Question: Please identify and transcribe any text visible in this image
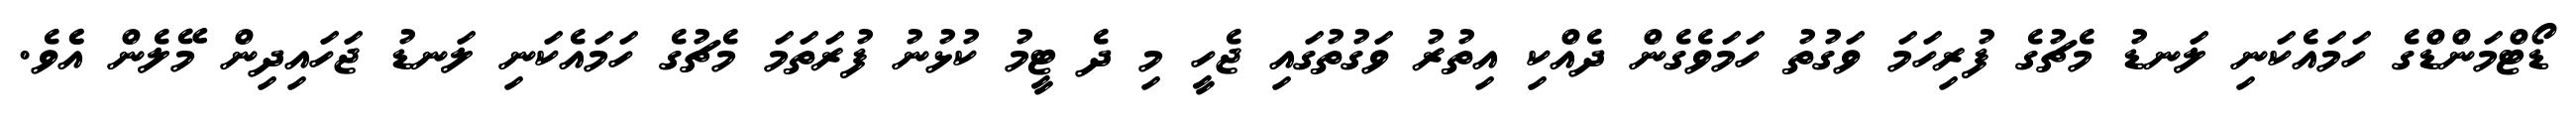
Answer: ޑޯޓްމަންޑްގެ ހަމައެކަނި ލަނޑު މެޗުގެ ފުރިހަމަ ވަގުތު ހަމަވެގެން ދެއްކި އިތުރު ވަގުތުގައި ޖެހީ މި ދެ ޓީމު ކުޅުނު ފުރަތަމަ މެޗުގެ ހަމައެކަނި ލަނޑު ޖަހައިދިން މޭލެން އެެވެ.